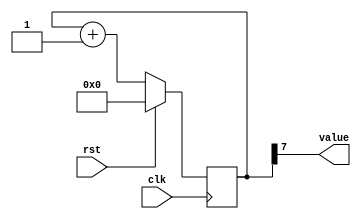
/*
   This file was generated automatically by Alchitry Labs version 1.2.7.
   Do not edit this file directly. Instead edit the original Lucid source.
   This is a temporary file and any changes made to it will be destroyed.
*/

/*
   Parameters:
     SIZE = 1
     DIV = SPEED
     TOP = 0
     UP = 1
*/
module counter_25 (
    input clk,
    input rst,
    output reg [0:0] value
  );
  
  localparam SIZE = 1'h1;
  localparam DIV = 3'h7;
  localparam TOP = 1'h0;
  localparam UP = 1'h1;
  
  
  reg [7:0] M_ctr_d, M_ctr_q = 1'h0;
  
  localparam MAX_VALUE = 8'h7f;
  
  always @* begin
    M_ctr_d = M_ctr_q;
    
    value = M_ctr_q[7+0-:1];
    if (1'h1) begin
      M_ctr_d = M_ctr_q + 1'h1;
      if (1'h0 && M_ctr_q == 8'h7f) begin
        M_ctr_d = 1'h0;
      end
    end else begin
      M_ctr_d = M_ctr_q - 1'h1;
      if (1'h0 && M_ctr_q == 1'h0) begin
        M_ctr_d = 8'h7f;
      end
    end
  end
  
  always @(posedge clk) begin
    if (rst == 1'b1) begin
      M_ctr_q <= 1'h0;
    end else begin
      M_ctr_q <= M_ctr_d;
    end
  end
  
endmodule